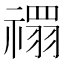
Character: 禤